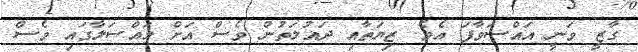
ގާޒީ ވަނީ އައްސަވާފަ އެވެ. ޒިޔަތާއި ދައުލަތުން ވެސް އަށް މައްސަލާގައި ވެސް